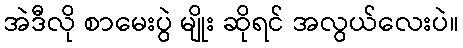
အဲဒီလို စာမေးပွဲ မျိုး ဆိုရင် အလွယ်လေးပဲ။